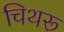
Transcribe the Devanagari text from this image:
चिथरू